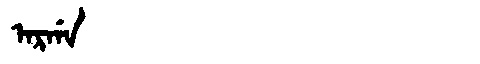
Manchu: ᠠᡵᡤᠠ
Romanization: ARGA